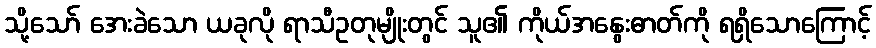
သို့သော် အေးခဲသော ယခုလို ရာသီဥတုမျိုးတွင် သူ၏ ကိုယ်အနွေးဓာတ်ကို ရရှိသောကြောင့်